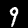
Digit: 9